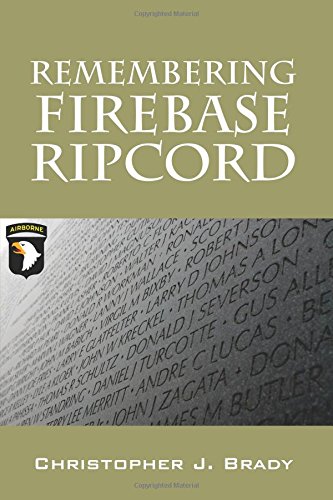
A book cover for Remembering Firebase Ripcord; Christopher J. Brady; History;